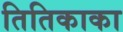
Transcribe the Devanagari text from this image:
तितिकाका